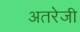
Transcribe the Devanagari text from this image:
अतरेजी